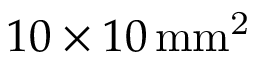
1 0 \times 1 0 \, \mathrm { m m ^ { 2 } }